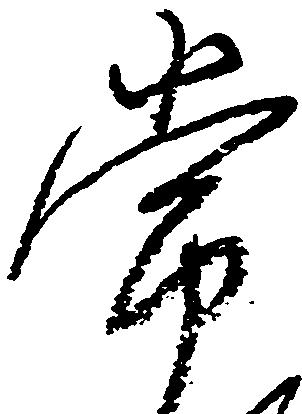
常